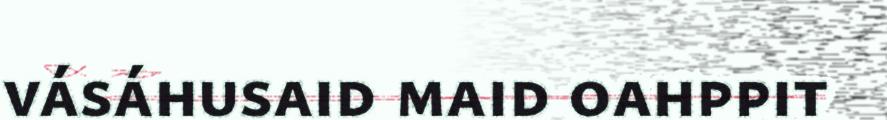
vásáhusaid maid oahppit